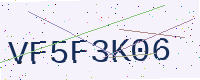
Text: VF5F3K06